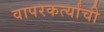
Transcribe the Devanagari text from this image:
वापरकर्त्यांची